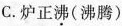
C.炉正\underset{·}{沸}(沸腾)